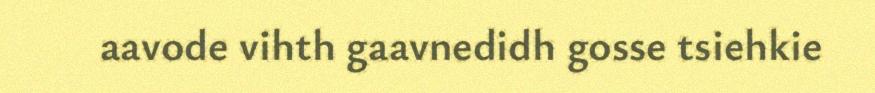
aavode vihth gaavnedidh gosse tsiehkie